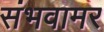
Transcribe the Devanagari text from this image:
संभवामर